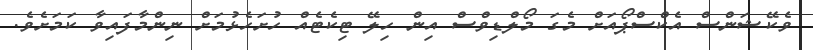
ވެކޭޝަންސް އެކްސްޕޯއަށް މެގަ މޯލްޑިވްސް އިން ހިލޭ ޓިކެޓެއް ހުށަހެޅުމަށް ނިންމާފައިވާ ކަމަށެވެ.